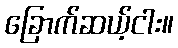
ခြောက်ဆယ့်ငါး။